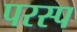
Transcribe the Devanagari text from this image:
परस्प